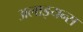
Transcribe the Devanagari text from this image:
अलाइयन्स